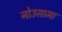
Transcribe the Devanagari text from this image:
नोउसामा